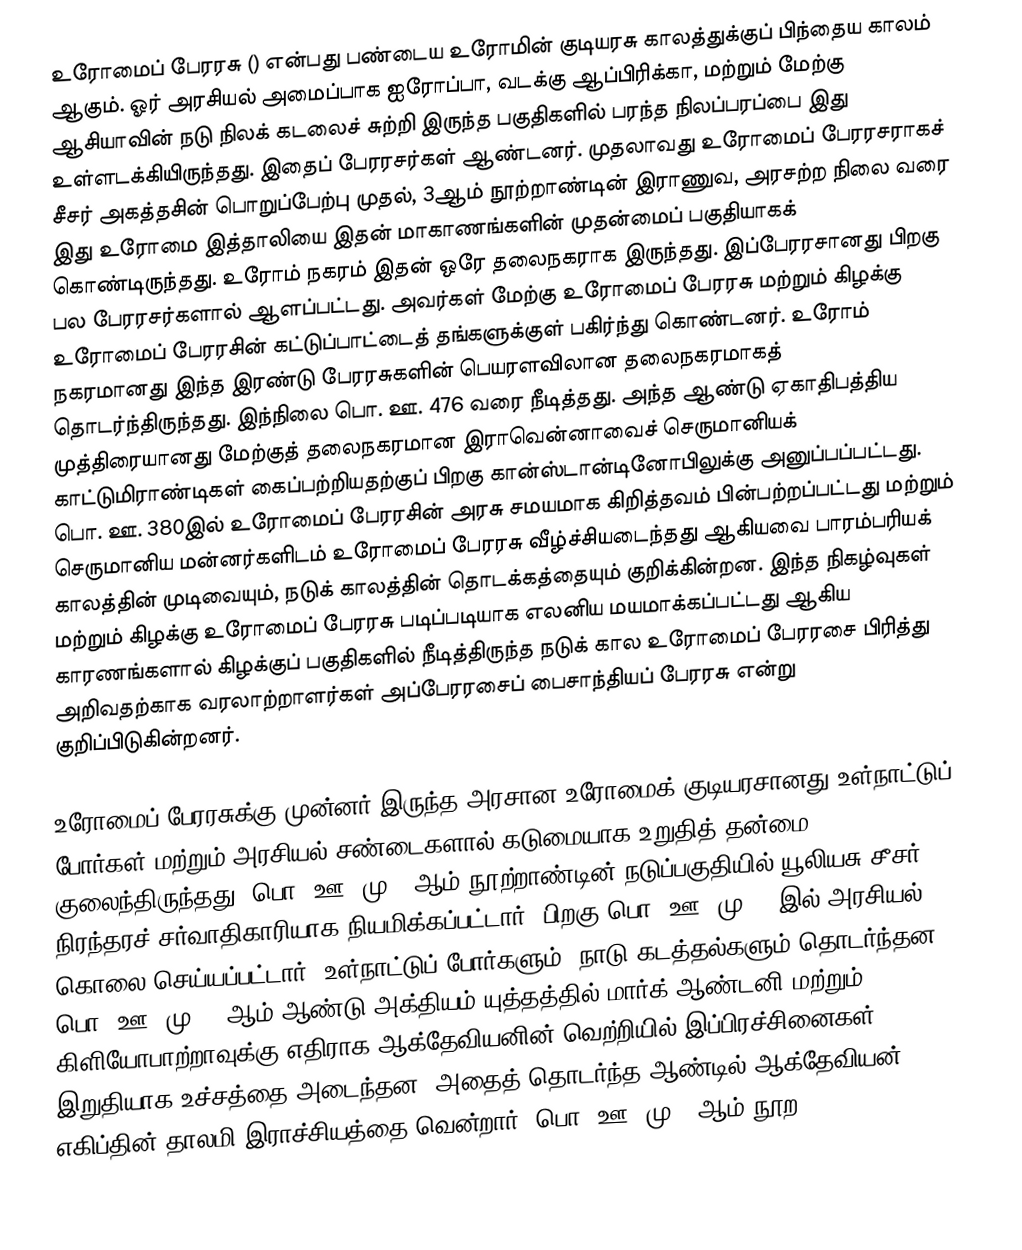
உரோமைப் பேரரசு () என்பது பண்டைய உரோமின் குடியரசு காலத்துக்குப் பிந்தைய காலம் ஆகும். ஓர் அரசியல் அமைப்பாக ஐரோப்பா, வடக்கு ஆப்பிரிக்கா, மற்றும் மேற்கு ஆசியாவின் நடு நிலக் கடலைச் சுற்றி இருந்த பகுதிகளில் பரந்த நிலப்பரப்பை இது உள்ளடக்கியிருந்தது. இதைப் பேரரசர்கள் ஆண்டனர். முதலாவது உரோமைப் பேரரசராகச் சீசர் அகத்தசின் பொறுப்பேற்பு முதல், 3ஆம் நூற்றாண்டின் இராணுவ, அரசற்ற நிலை வரை இது உரோமை இத்தாலியை இதன் மாகாணங்களின் முதன்மைப் பகுதியாகக் கொண்டிருந்தது. உரோம் நகரம் இதன் ஒரே தலைநகராக இருந்தது. இப்பேரரசானது பிறகு பல பேரரசர்களால் ஆளப்பட்டது. அவர்கள் மேற்கு உரோமைப் பேரரசு மற்றும் கிழக்கு உரோமைப் பேரரசின் கட்டுப்பாட்டைத் தங்களுக்குள் பகிர்ந்து கொண்டனர். உரோம் நகரமானது இந்த இரண்டு பேரரசுகளின் பெயரளவிலான தலைநகரமாகத் தொடர்ந்திருந்தது. இந்நிலை பொ. ஊ. 476 வரை நீடித்தது. அந்த ஆண்டு ஏகாதிபத்திய முத்திரையானது மேற்குத் தலைநகரமான இராவென்னாவைச் செருமானியக் காட்டுமிராண்டிகள் கைப்பற்றியதற்குப் பிறகு கான்ஸ்டான்டினோபிலுக்கு அனுப்பப்பட்டது. பொ. ஊ. 380இல் உரோமைப் பேரரசின் அரசு சமயமாக கிறித்தவம் பின்பற்றப்பட்டது மற்றும் செருமானிய மன்னர்களிடம் உரோமைப் பேரரசு வீழ்ச்சியடைந்தது ஆகியவை பாரம்பரியக் காலத்தின் முடிவையும், நடுக் காலத்தின் தொடக்கத்தையும் குறிக்கின்றன. இந்த நிகழ்வுகள் மற்றும் கிழக்கு உரோமைப் பேரரசு படிப்படியாக எலனிய மயமாக்கப்பட்டது ஆகிய காரணங்களால் கிழக்குப் பகுதிகளில் நீடித்திருந்த நடுக் கால உரோமைப் பேரரசை பிரித்து அறிவதற்காக வரலாற்றாளர்கள் அப்பேரரசைப் பைசாந்தியப் பேரரசு என்று குறிப்பிடுகின்றனர்.

உரோமைப் பேரரசுக்கு முன்னர் இருந்த அரசான உரோமைக் குடியரசானது உள்நாட்டுப் போர்கள் மற்றும் அரசியல் சண்டைகளால் கடுமையாக உறுதித் தன்மை குலைந்திருந்தது. பொ. ஊ. மு. 1ஆம் நூற்றாண்டின் நடுப்பகுதியில் யூலியசு சீசர் நிரந்தரச் சர்வாதிகாரியாக நியமிக்கப்பட்டார். பிறகு பொ. ஊ. மு. 44இல் அரசியல் கொலை செய்யப்பட்டார். உள்நாட்டுப் போர்களும், நாடு கடத்தல்களும் தொடர்ந்தன. பொ. ஊ. மு. 31ஆம் ஆண்டு அக்தியம் யுத்தத்தில் மார்க் ஆண்டனி மற்றும் கிளியோபாற்றாவுக்கு எதிராக ஆக்தேவியனின் வெற்றியில் இப்பிரச்சினைகள் இறுதியாக உச்சத்தை அடைந்தன. அதைத் தொடர்ந்த ஆண்டில் ஆக்தேவியன் எகிப்தின் தாலமி இராச்சியத்தை வென்றார். பொ. ஊ. மு. 4ஆம் நூற